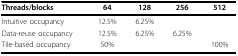
<table><thead><tr><td><b>Threads/blocks</b></td><td><b>64</b></td><td><b>128</b></td><td><b>256</b></td><td><b>512</b></td></tr></thead><tbody><tr><td>Intuitive occupancy</td><td>12.5%</td><td>6.25%</td><td>[EMPTY_CELL]</td><td>[EMPTY_CELL]</td></tr><tr><td>Data-reuse occupancy</td><td>12.5%</td><td>6.25%</td><td>6.25%</td><td>[EMPTY_CELL]</td></tr><tr><td>Tile-based occupancy</td><td>50%</td><td>[EMPTY_CELL]</td><td>[EMPTY_CELL]</td><td>100%</td></tr></tbody></table>